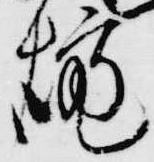
爐